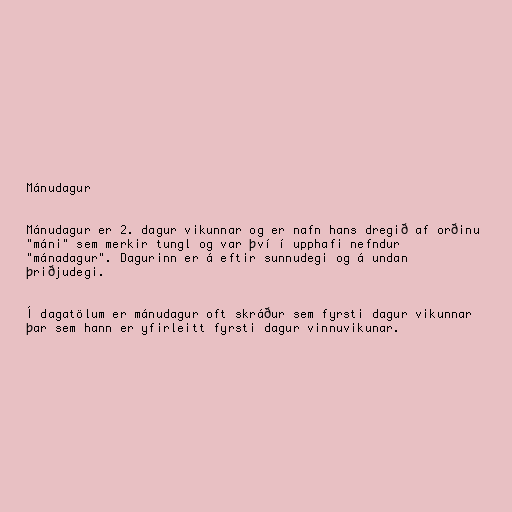
Mánudagur

Mánudagur er 2. dagur vikunnar og er nafn hans dregið af orðinu
"máni" sem merkir tungl og var því í upphafi nefndur
"mánadagur". Dagurinn er á eftir sunnudegi og á undan
þriðjudegi.

Í dagatölum er mánudagur oft skráður sem fyrsti dagur vikunnar
þar sem hann er yfirleitt fyrsti dagur vinnuvikunar.